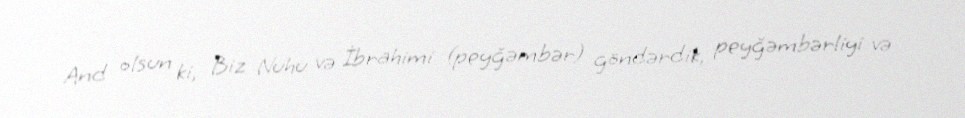
And olsun ki, Biz Nuhu və İbrahimi (peyğəmbər) göndərdik, peyğəmbərliyi və